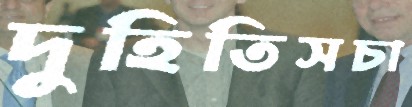
দুহিতিসচা